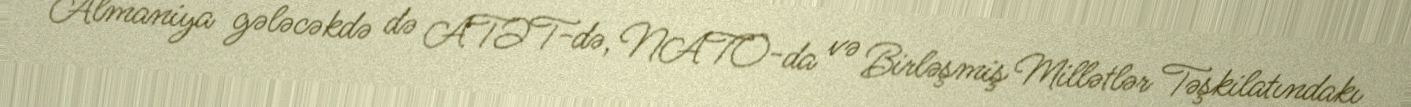
Almaniya gələcəkdə də ATƏT-də, NATO-da və Birləşmiş Millətlər Təşkilatındakı